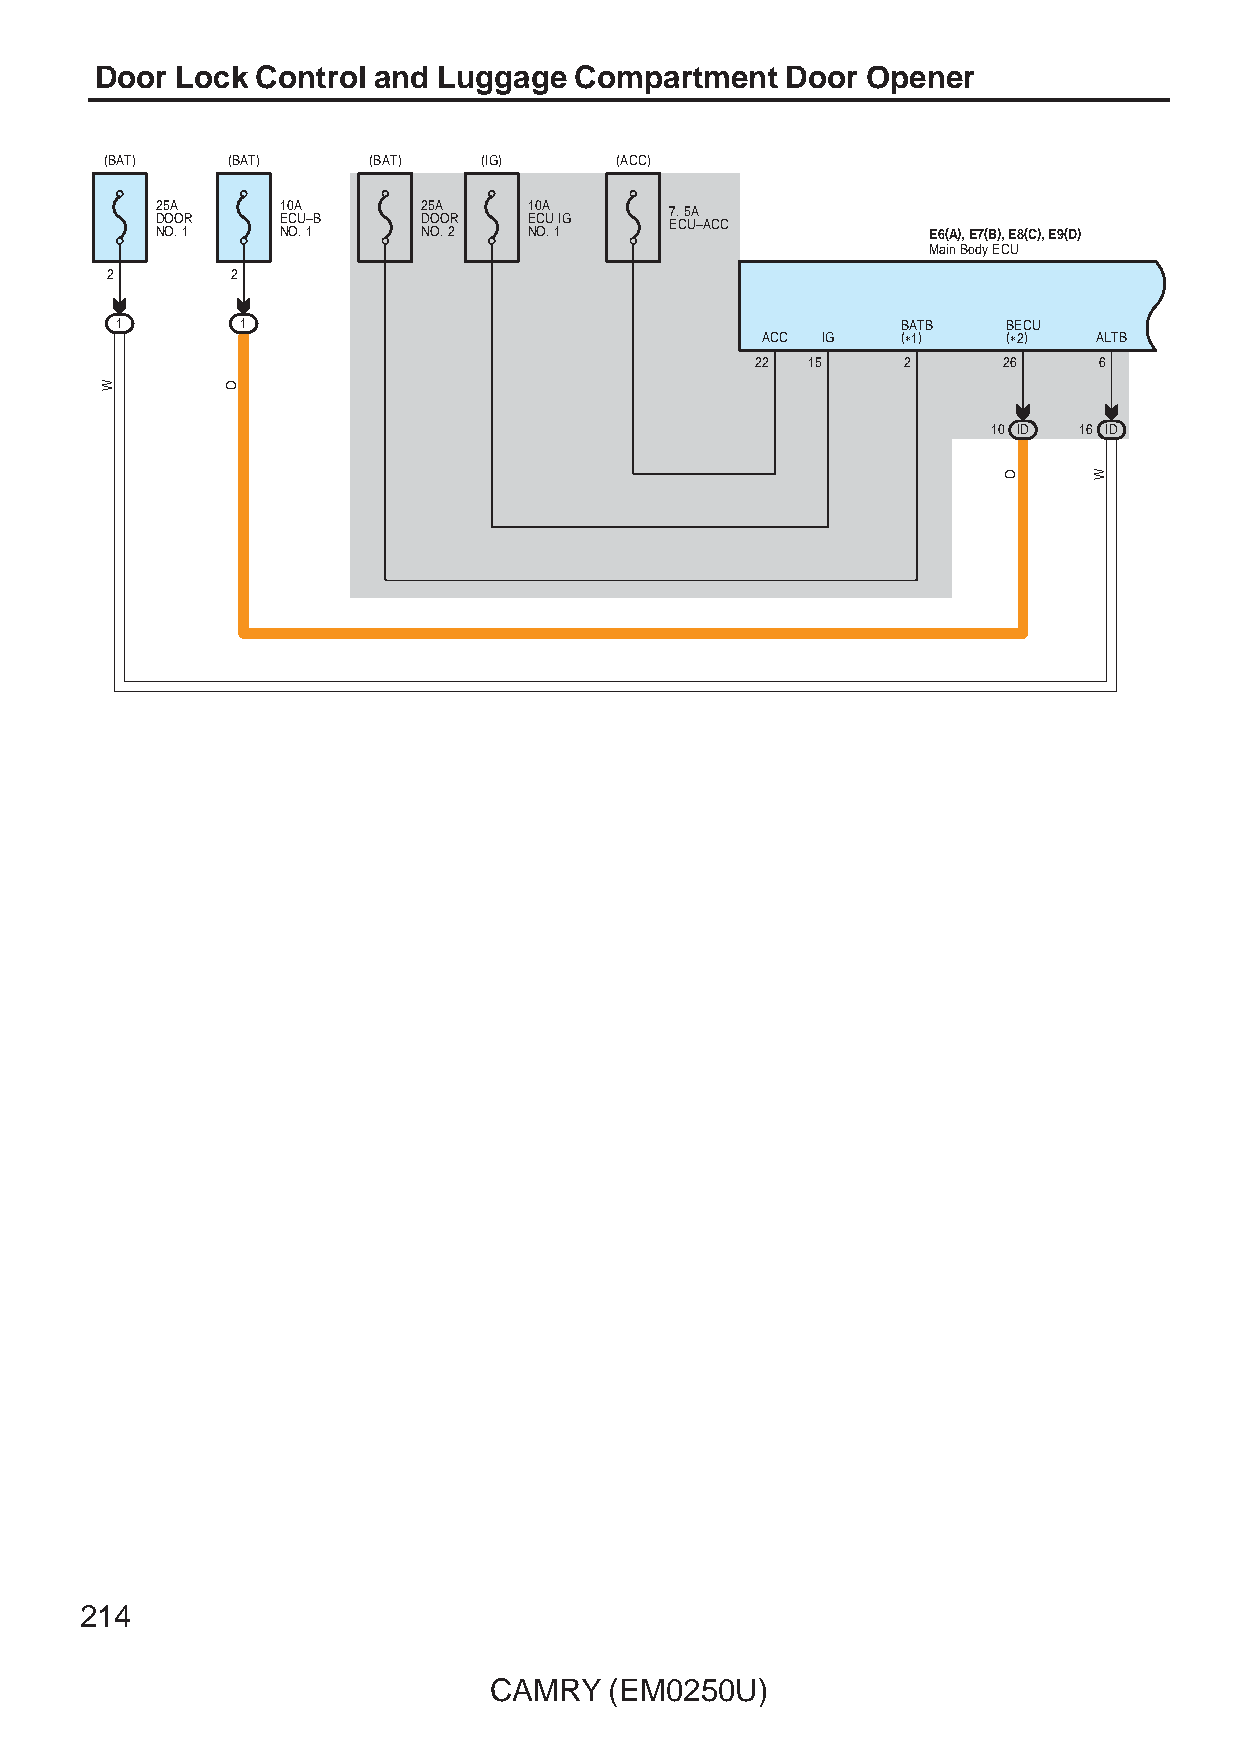
Door  Lock Control and Luggage  Compartment   Door Opener
 (BAT)   (BAT)    (BAT)   (IG)     (ACC)
 25A      10A      25A    10A      7. 5A
 DOOR     ECU–B    DOOR   ECU IG   ECU–ACC
 NO. 1    NO. 1    NO. 2  NO. 1                     E6(A), E7(B), E8(C), E9(D)
 Main Body ECU
 2       2
 1       1                                           BATB   BECU
 ACC IG    (∗1)   (∗2)  ALTB
 22  15    2     26     6
 10 ID 16 ID
 214
 CAMRY   (EM0250U)
 W       O
 O     W